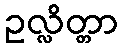
ဥလ္လိတ္တာ